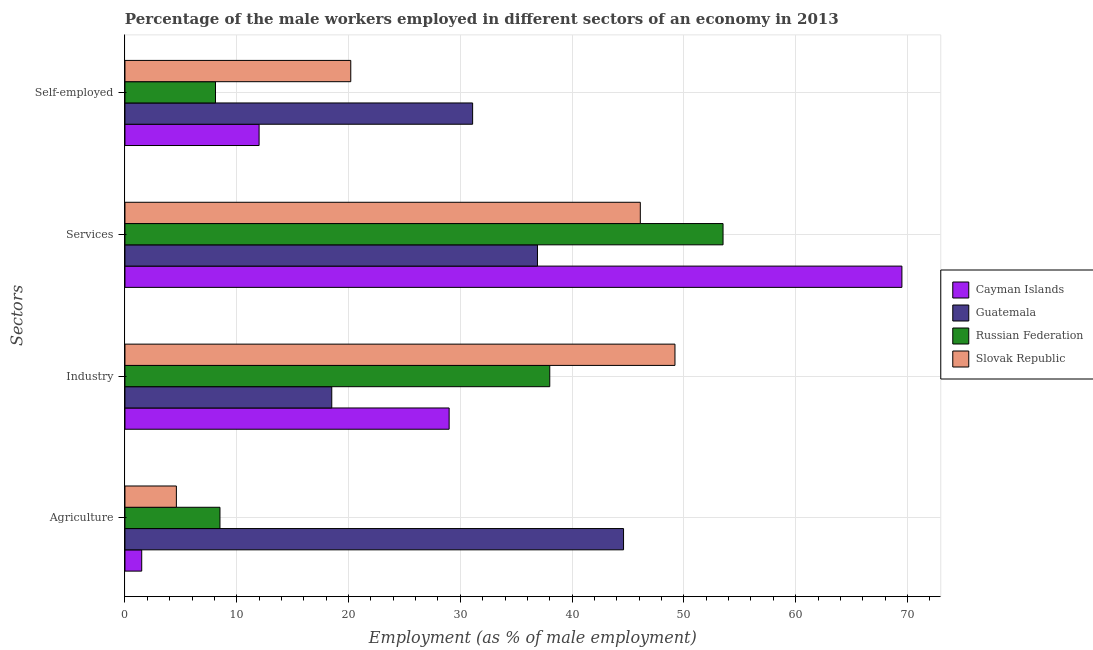
| Sectors | Cayman Islands | Guatemala | Russian Federation | Slovak Republic |
 | --- | --- | --- | --- | --- |
 | Agriculture | 1.5 | 44.6 | 8.5 | 4.6 |
 | Industry | 29 | 18.5 | 38 | 49.2 |
 | Services | 69.5 | 36.9 | 53.5 | 46.1 |
 | Self-employed | 12 | 31.1 | 8.1 | 20.2 |